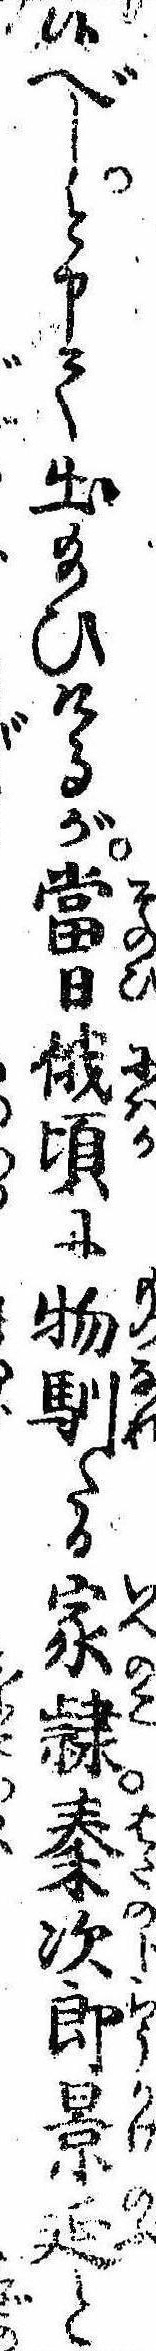
候べしと申て出給ひけるが当日俄頃に物馴たる家隷秦次郎景延と